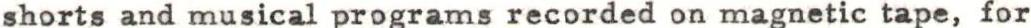
shorts and musical programs recorded on magnetic tape, for